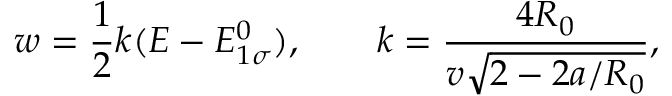
w = \frac { 1 } { 2 } k ( E - E _ { 1 \sigma } ^ { 0 } ) , \qquad k = \frac { 4 R _ { 0 } } { v \sqrt { 2 - 2 a / R _ { 0 } } } ,